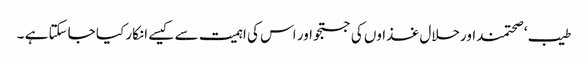
طیب ‘ صحتمنداورحلال غذاوں کی جستجو اور اس کی اہمیت سے کیسے انکار کیا جاسکتا ہے ۔